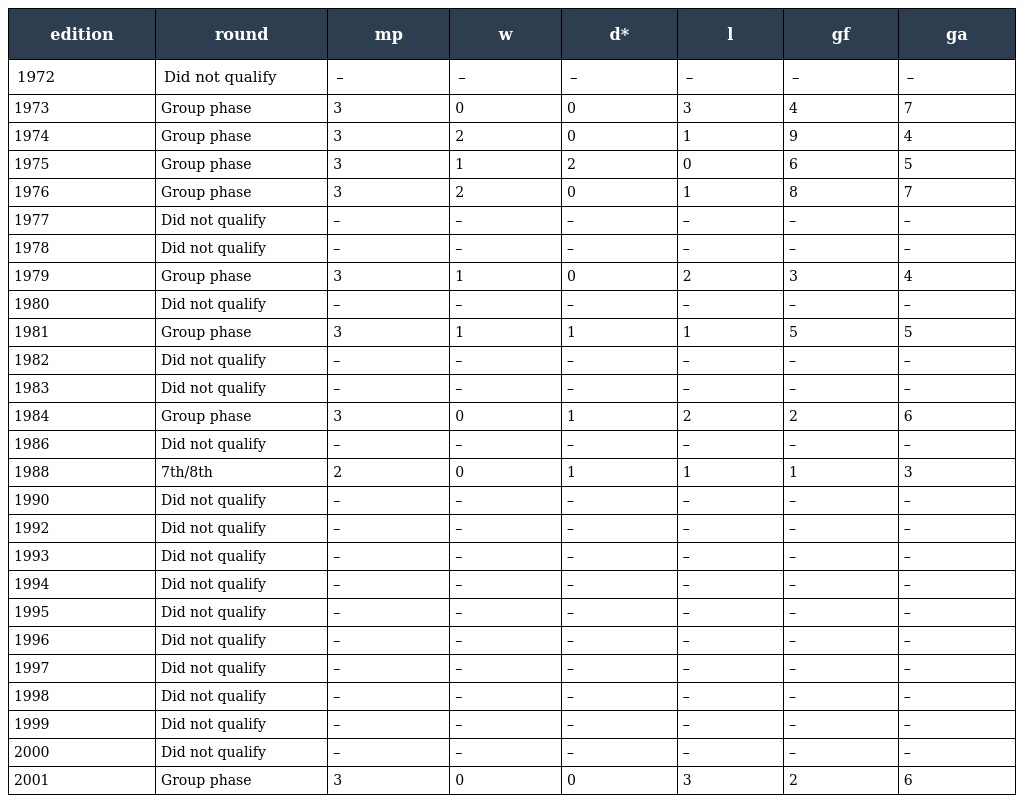
| edition | round | mp | w | d* | l | gf | ga |
 | --- | --- | --- | --- | --- | --- | --- | --- |
 | 1972 | Did not qualify | – | – | – | – | – | – |
 | 1973 | Group phase | 3 | 0 | 0 | 3 | 4 | 7 |
 | 1974 | Group phase | 3 | 2 | 0 | 1 | 9 | 4 |
 | 1975 | Group phase | 3 | 1 | 2 | 0 | 6 | 5 |
 | 1976 | Group phase | 3 | 2 | 0 | 1 | 8 | 7 |
 | 1977 | Did not qualify | – | – | – | – | – | – |
 | 1978 | Did not qualify | – | – | – | – | – | – |
 | 1979 | Group phase | 3 | 1 | 0 | 2 | 3 | 4 |
 | 1980 | Did not qualify | – | – | – | – | – | – |
 | 1981 | Group phase | 3 | 1 | 1 | 1 | 5 | 5 |
 | 1982 | Did not qualify | – | – | – | – | – | – |
 | 1983 | Did not qualify | – | – | – | – | – | – |
 | 1984 | Group phase | 3 | 0 | 1 | 2 | 2 | 6 |
 | 1986 | Did not qualify | – | – | – | – | – | – |
 | 1988 | 7th/8th | 2 | 0 | 1 | 1 | 1 | 3 |
 | 1990 | Did not qualify | – | – | – | – | – | – |
 | 1992 | Did not qualify | – | – | – | – | – | – |
 | 1993 | Did not qualify | – | – | – | – | – | – |
 | 1994 | Did not qualify | – | – | – | – | – | – |
 | 1995 | Did not qualify | – | – | – | – | – | – |
 | 1996 | Did not qualify | – | – | – | – | – | – |
 | 1997 | Did not qualify | – | – | – | – | – | – |
 | 1998 | Did not qualify | – | – | – | – | – | – |
 | 1999 | Did not qualify | – | – | – | – | – | – |
 | 2000 | Did not qualify | – | – | – | – | – | – |
 | 2001 | Group phase | 3 | 0 | 0 | 3 | 2 | 6 |